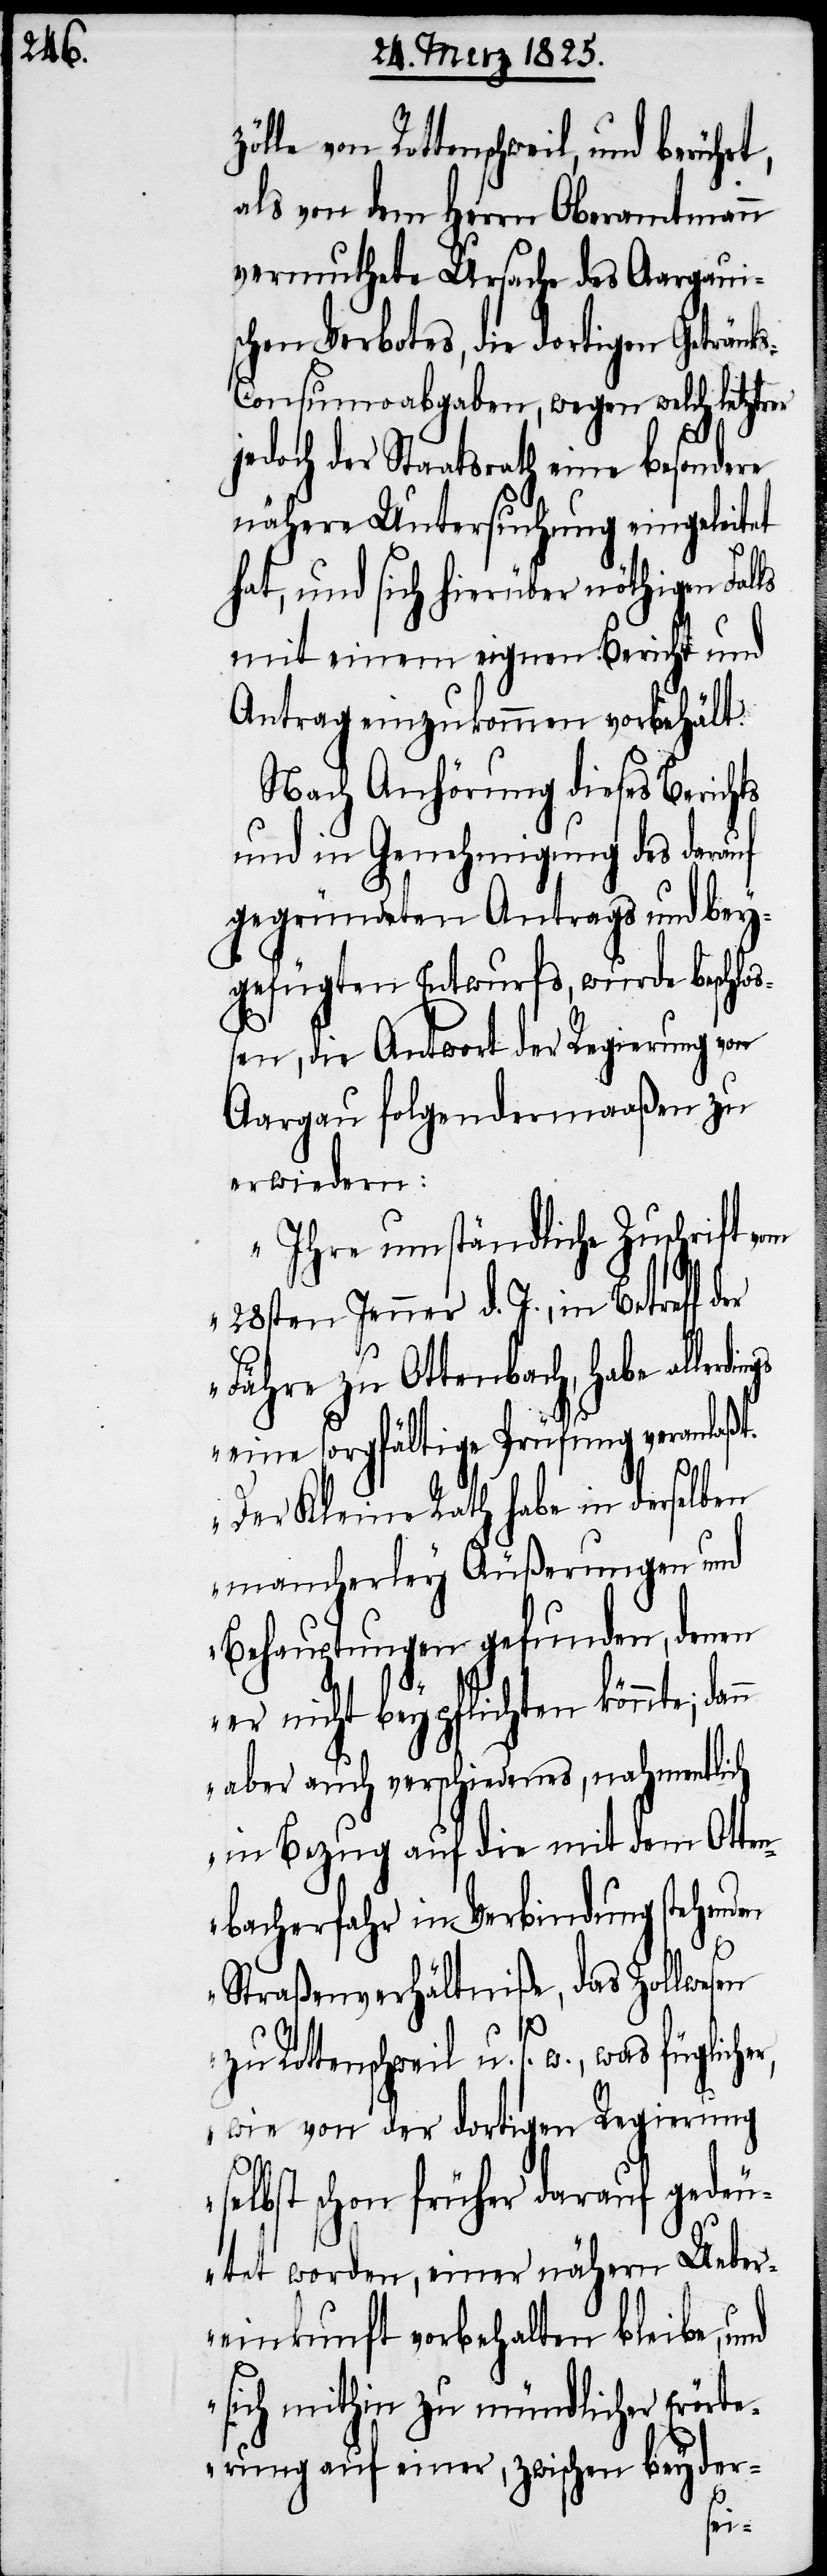
von Rottenschweil, und berührt,
als von dem Herrn Oberamtmann
vermuthete Ursache des Aargaui¬
schen Verbotes, die dortigen Getränk¬
s-Consumoabgaben, wegen welch letztrer
jedoch der Staatsrath eine besondere
nähere Untersuchung eingeleitet
hat, und sich hierüber nöthigen Falls
mit einem eignen Bericht und
Antrag einzukommen vorbehält.
Nach Anhörung dieses Berichts
und Genehmigung des darauf
gegründeten Antrags und bey¬
gefügten Entwurfs, wurde beschlo¬
ßen, die Antwort der Regierung von
Aargau folgendermaaßen zu
erwiedern:
„Ihre umständliche Zuschrift vom
28sten Jenner d. J., in Betreff der
Fähre zu Ottenbach, habe aller¬
eine sorgfältige Prüfung veranlaßt.
dings
Der Kleine Rath habe in derselben
mancherley Äußerungen und
Behauptungen gefunden, denen
er nicht beypflichten könnte; dan¬
n aber auch verschiedenes, nahmentlich
in Bezug auf die mit dem Otten¬
bacherfahr in Verbindung stehenden
Straßenverhältniße, das Zollwesen
zu Rottenschweil u. s. w., was fügliche¬
r, wie von der dortigen Regierung
selbst schon früher darauf gedeu¬
tet worden, einer nähern Ueber¬
einkunft vorbehalten bleibe, und
sich mithin zu mündlicher Erörte¬
rung auf einer, zwischen beyder-